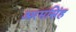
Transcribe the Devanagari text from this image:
अरमसिंह